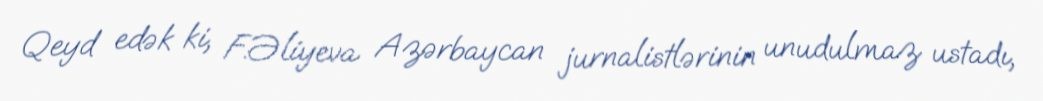
Qeyd edək ki, F.Əliyeva Azərbaycan jurnalistlərinin unudulmaz ustadı,